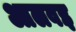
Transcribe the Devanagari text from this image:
आलवइ